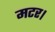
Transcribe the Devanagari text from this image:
मटर।